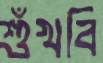
শুঁখবি